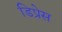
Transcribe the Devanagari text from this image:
डिप्रेस